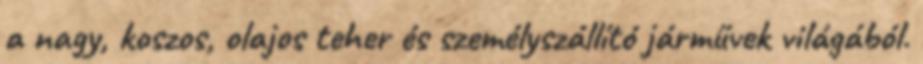
a nagy, koszos, olajos teher és személyszállító járművek világából.